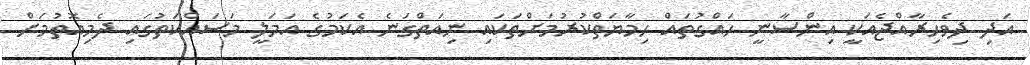
އަދި ދިވެހިރާއްޖެއަކީ އިންސާނީ ހައްގުތައް ހިމާޔަތްކުރުމަށްތަކައި ނިއަތްގަނެ އެކަމުގެ އަމަލީ މަސައްކަތުގައި ދެމިއޮތުމަށް